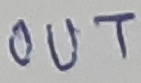
Text: OUT